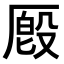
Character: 𪠔